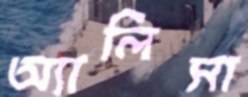
অ্যালিসা